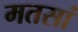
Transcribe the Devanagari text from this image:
मतसां